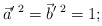
\begin{align*}\vec{a}^{\prime \; 2}=\vec{b}^{\prime \; 2}=1;\end{align*}